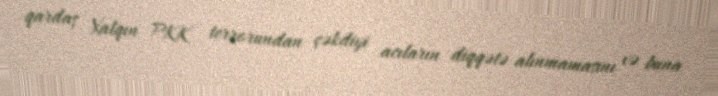
qardaş Xalqın PKK terrorundan çəkdiyi acıların diqqətə alınmamasını və buna